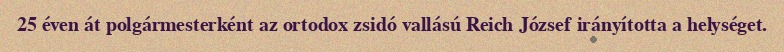
25 éven át polgármesterként az ortodox zsidó vallású Reich József irányította a helységet.